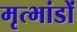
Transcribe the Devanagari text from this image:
मृत्भांडों